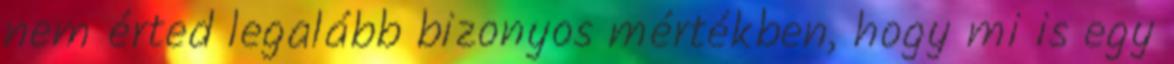
nem érted legalább bizonyos mértékben, hogy mi is egy